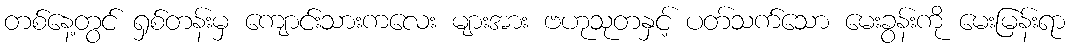
တစ်နေ့တွင် ရှစ်တန်းမှ ကျောင်းသားကလေး များအား ဗဟုသုတနှင့် ပတ်သက်သော မေးခွန်းကို မေးမြန်းရာ